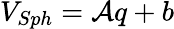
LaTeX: V_{Sph}=\mathcal{A}q+b